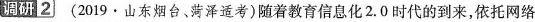
调研2 （2019·山东烟台、菏泽适考）随着教育信息化2.0时代的到来，依托网络